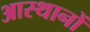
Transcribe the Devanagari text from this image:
आस्थानों